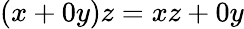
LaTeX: (x+0y)z=xz+0y